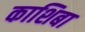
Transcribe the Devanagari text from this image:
काशिबा